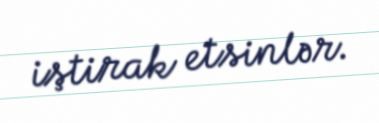
iştirak etsinlər.